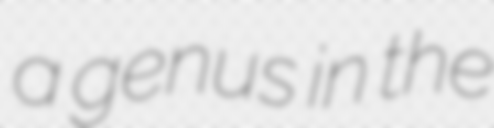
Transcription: a genus in the